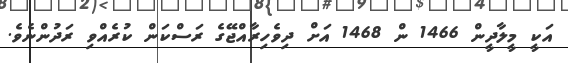
އަކީ މީލާދީން 1466 ން 1468 އަށް ދިވެހިރާއްޖޭގެ ރަސްކަން ކުރެއްވި ރަދުންނެވެ.